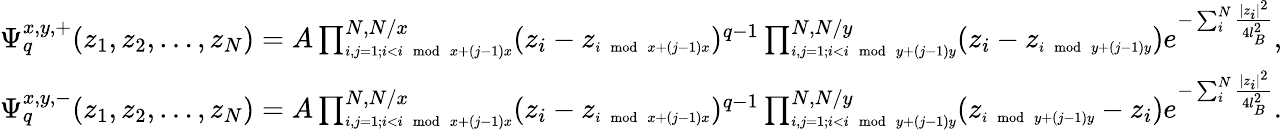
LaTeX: \begin{array}{l}{\Psi_{q}^{x,y,+}(z_{1},z_{2},\dots,z_{N})=A\prod_{\scriptscriptstyle{i,j=1;i<i\; \operatorname{mod}\; x+(j-1)x}}^{N,N/x}(z_{i}-z_{\scriptscriptstyle{i\; \operatorname{mod}\; x+(j-1)x}})^{q-1}\prod_{\scriptscriptstyle{i,j=1;i<i\; \operatorname{mod}\; y+(j-1)y}}^{N,N/y}(z_{i}-z_{\scriptscriptstyle{i\; \operatorname{mod}\; y+(j-1)y}})e^{-\sum_{i}^{N}\frac{|z_{i}|^{2}}{4l_{B}^{2}}},}\\ {\Psi_{q}^{x,y,-}(z_{1},z_{2},\dots,z_{N})=A\prod_{\scriptscriptstyle{i,j=1;i<i\; \operatorname{mod}\; x+(j-1)x}}^{N,N/x}(z_{i}-z_{\scriptscriptstyle{i\; \operatorname{mod}\; x+(j-1)x}})^{q-1}\prod_{\scriptscriptstyle{i,j=1;i<i\; \operatorname{mod}\; y+(j-1)y}}^{N,N/y}(z_{\scriptscriptstyle{i\; \operatorname{mod}\; y+(j-1)y}}-z_{i})e^{-\sum_{i}^{N}\frac{|z_{i}|^{2}}{4l_{B}^{2}}}.}\end{array}